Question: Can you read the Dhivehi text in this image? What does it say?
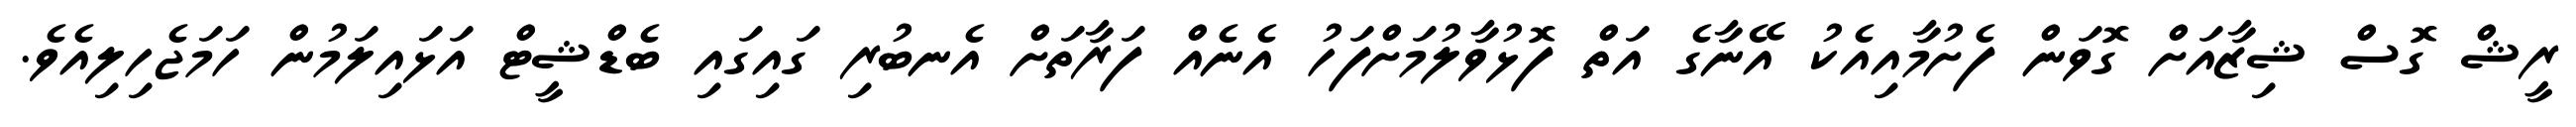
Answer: ރީޝް ގޮސް ޝިޒާއަށް ގޮވަން ފެށުމާއިއެކު އޭނާގެ އަތް ފޮޅުވާލުމަށްފަހު އެނެއް ފަރާތަށް އެނބުރި ގައިގައި ބެޑްޝީޓް އަޅައިލަމުން ހަމަޖެހިލިއެވެ.